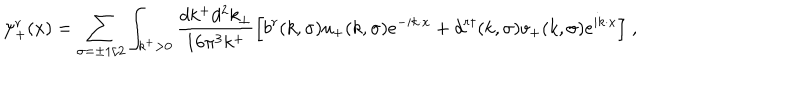
\psi _ { + } ^ { r } ( x ) = \sum _ { \sigma = \pm 1 / 2 } \int _ { k ^ { + } > 0 } { \frac { d k ^ { + } d ^ { 2 } k _ { \perp } } { 1 6 \pi ^ { 3 } k ^ { + } } } \Bigl [ b ^ { r } ( k , \sigma ) u _ { + } ( k , \sigma ) e ^ { - i k \cdot x } + d ^ { r \dagger } ( k , \sigma ) v _ { + } ( k , \sigma ) e ^ { i k \cdot x } \Bigr ] \; ,